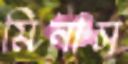
মিনাস